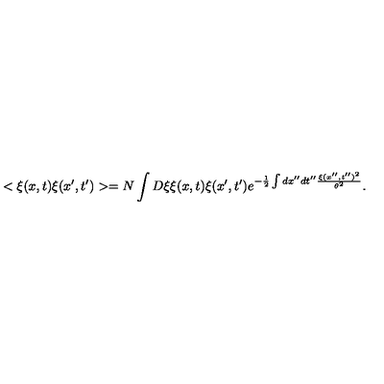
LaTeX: < \xi ( x , t ) \xi ( x ^ { \prime } , t ^ { \prime } ) > = N \int D \xi \xi ( x , t ) \xi ( x ^ { \prime } , t ^ { \prime } ) e ^ { - \frac { 1 } { 2 } \int d x ^ { \prime \prime } d t ^ { \prime \prime } \frac { \xi ( x ^ { \prime \prime } , t ^ { \prime \prime } ) ^ { 2 } } { \theta ^ { 2 } } } .